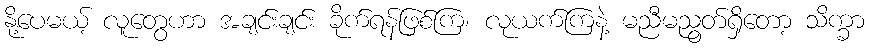
နို့ပေမယ့် လူတွေဟာ အချင်းချင်း ခိုက်ရန်ဖြစ်ကြ၊ လုယက်ကြနဲ့ မညီမညွတ်ရှိတော့ သိက္ခာ